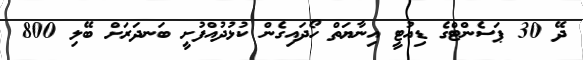
ދޭ 30 ޕަސެންޓްގެ ޑިއުޓީ އިނާޔަތް ހޯދައިގެން ކުޅުދުއްފުށީ ބަނދަރަށް ބޭލި 800